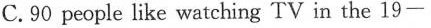
C.90 people like watching TV in the 19—